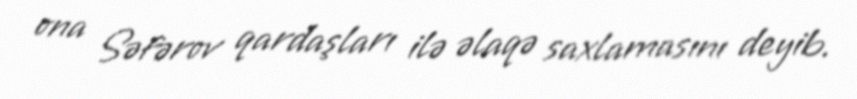
ona Səfərov qardaşları ilə əlaqə saxlamasını deyib.